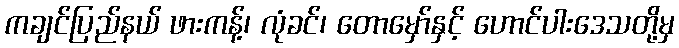
ကချင်ပြည်နယ် ဖားကန့်၊ လုံခင်၊ တောမှော်နှင့် ဟောင်ပါးဒေသတို့မှ